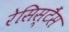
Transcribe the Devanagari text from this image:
रेसिस्टैंस